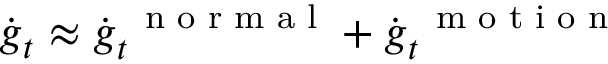
\dot { \boldsymbol g } _ { t } \approx \dot { \boldsymbol g } _ { t } ^ { \mathrm { ~ \scriptsize ~ n ~ o ~ r ~ m ~ a ~ l ~ } } + \dot { \boldsymbol g } _ { t } ^ { \mathrm { ~ \scriptsize ~ m ~ o ~ t ~ i ~ o ~ n ~ } }